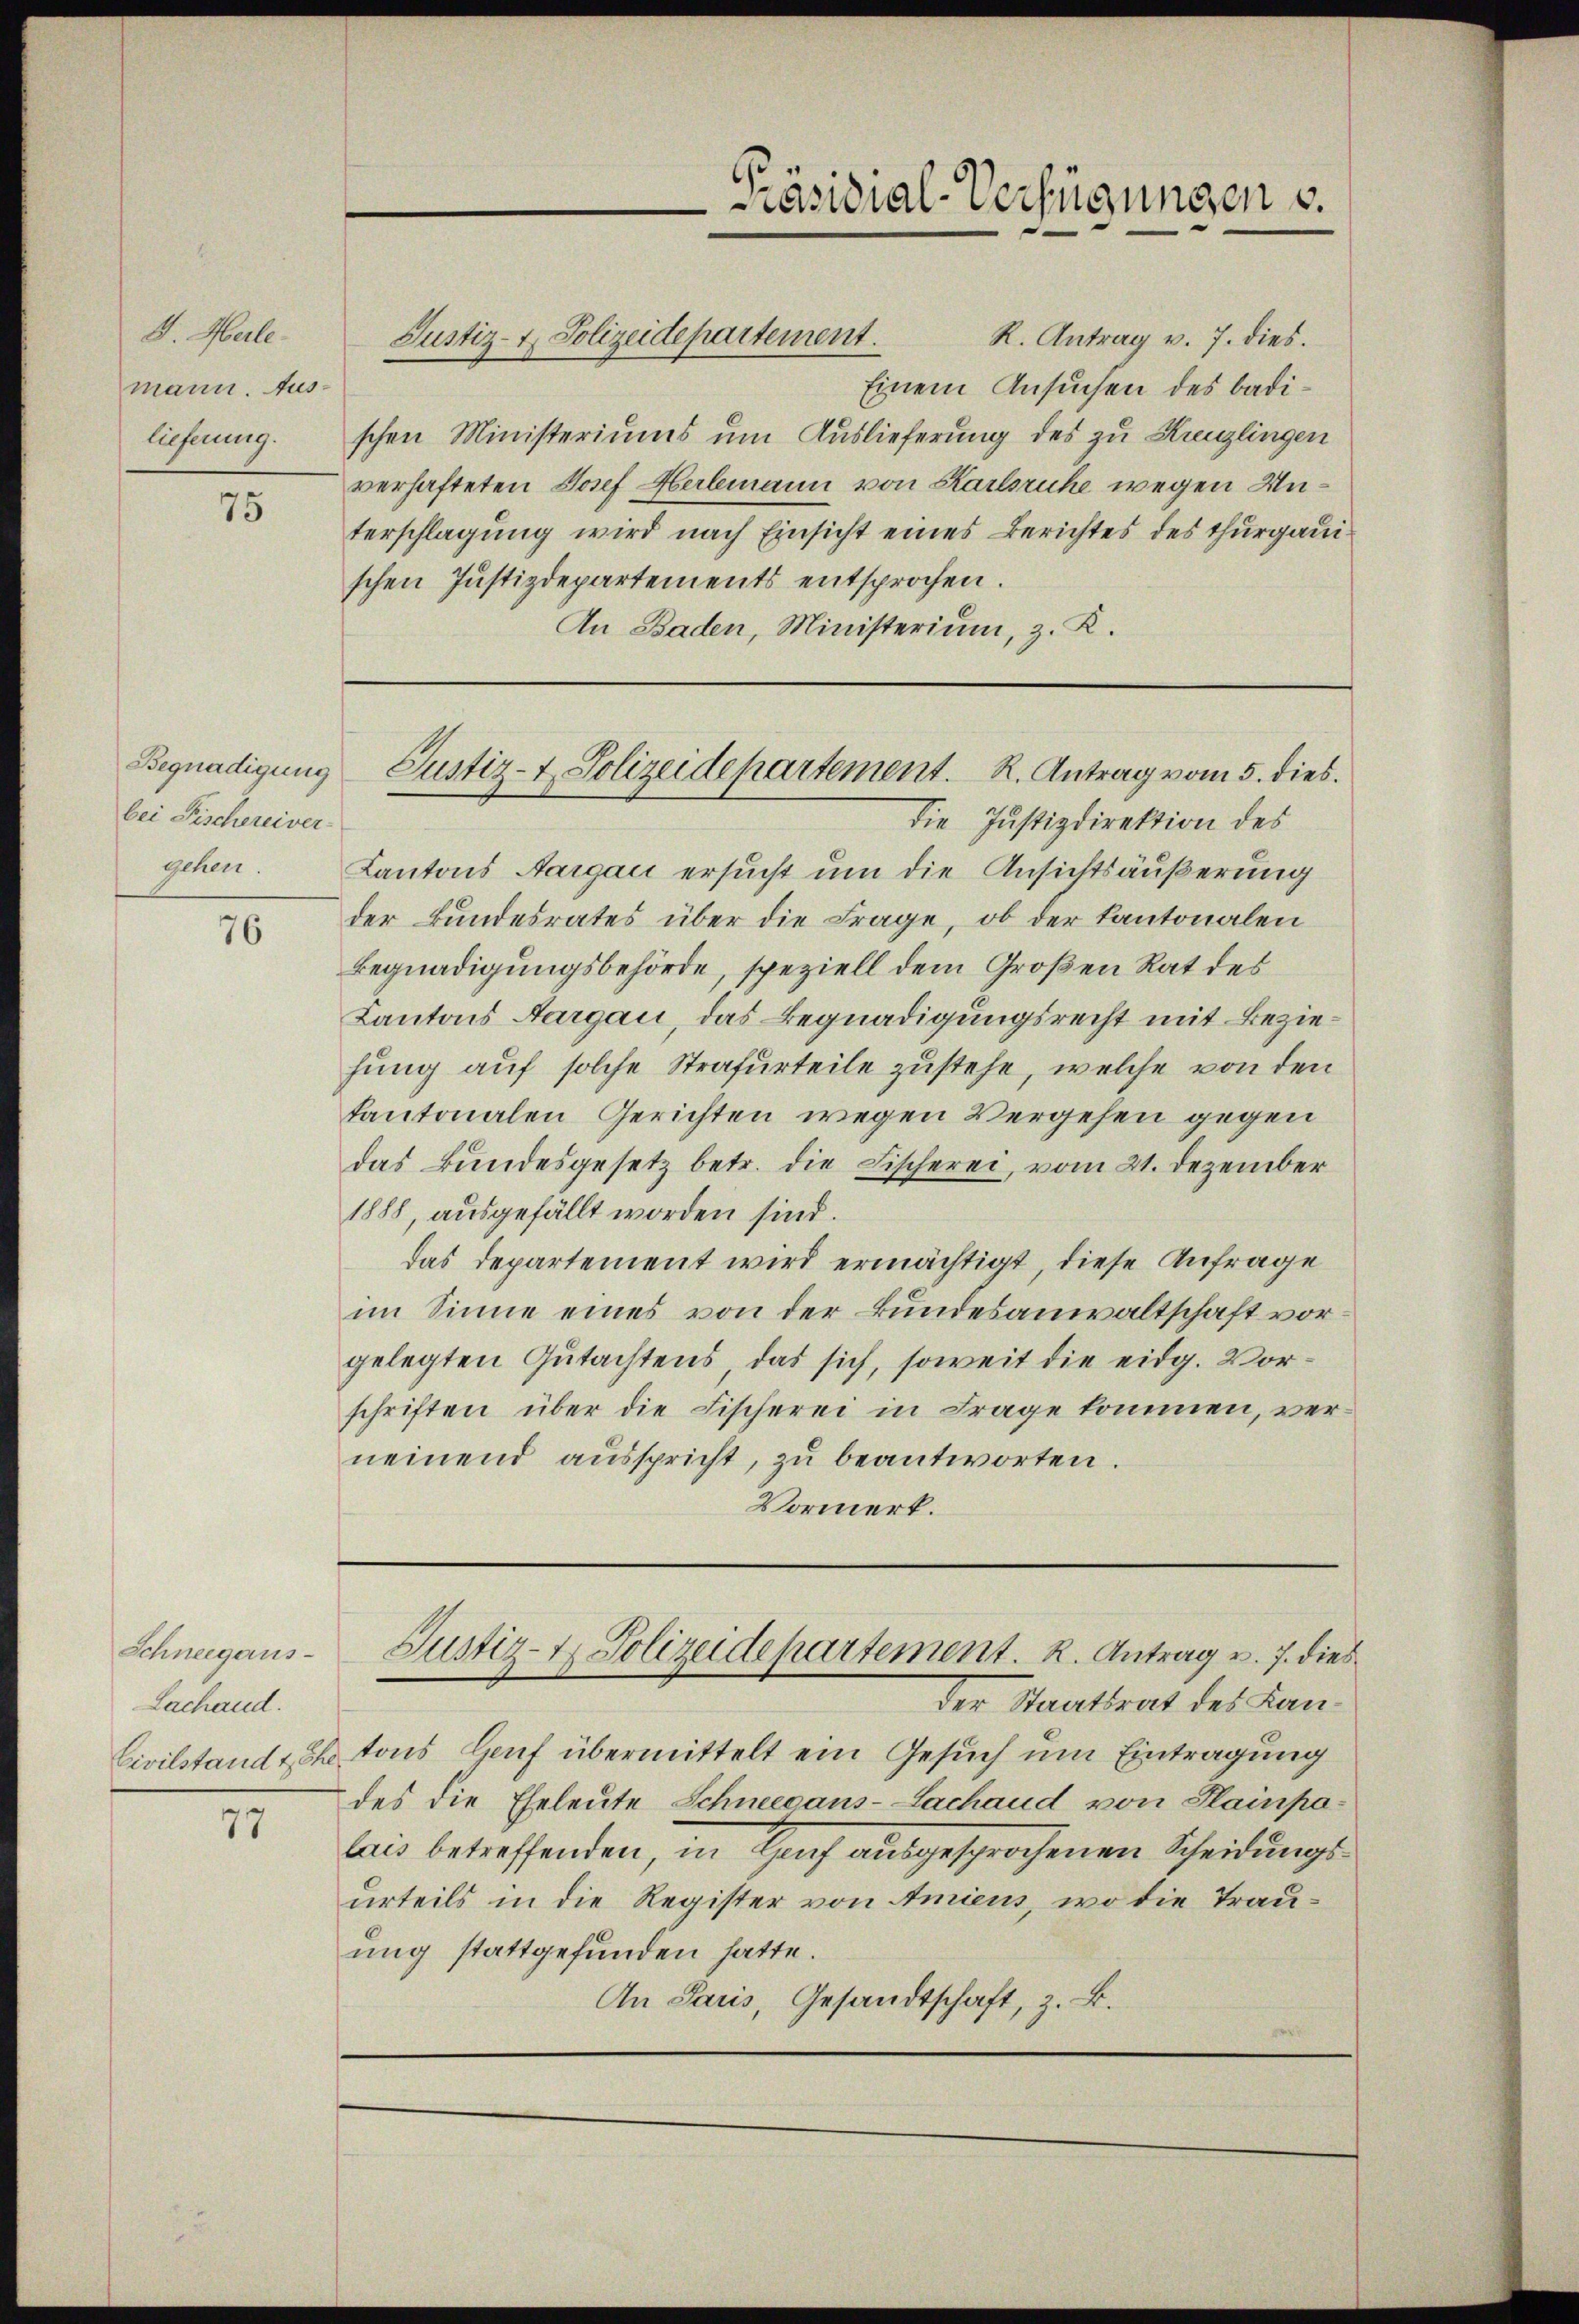
F. Herle
mann. Auslieferung.

75

bei Fischereiver-
gehen.

76

Schneegaus-
Lachand.
Civilstand the

77

R. Antrag v. 7. dies.
Einem Ansuchen des Badischen Ministeriums um Auslieferung des zu Kreuzlingen
verhafteten Josef Heilmann von Karlsruhe wegen Unterschlagung wird nach Einsicht eines Berichtes des Thurgauschen Justizdepartements entsprochen.
An Baden, Ministerium, z. K.

die Justizdirektion des
Kantons Aargau ersucht um die Ansichtsäußerung
der Bundesrates über die Frage, ob der Kantonalen
Begnadigungsbehörde, speziell dem Großen Rat des
Kantons Aargau, das Begnadigungsrecht mit Beziehung auf solche Strafurteile zustehe, welche von den
kantonalen Gerichten wegen Vergehen gegen
das Bundesgesetz betr. die Fischerei, vom 21. Dezember
1888, ausgefällt worden sind.
das Departement wird ermächtigt, diese Anfrage
im Sinne eines von der Bundesanwaltschaft vorgelegten Gutachtens, das sich, soweit die eidg. Vorschriften über die Fischerei in Frage kommen, verneinend aŭsspricht, zŭ beantworten.
Vormerk.

Justiz- & Polizeidepartement.

Präsidial-Verfügungen u.

Begnadigung Justiz- & Polizeidepartement. R. Antrag vom 5. dies.

Justiz- & Polizeidepartement. R. Antrag v. 7. dies

der Staatsrat des Lantons Heuf übermittelt ein Gesuch um Eintragung
des die Eheleute Schneegans-Lachaud von Hainpalais betreffenden, in Hauch ausgesprochenen Scheidungsurteils in die Register von Amiens, wo die Trauung stattgefunden hatte.
An Paris, Gesandtschaft, z. B.